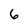
Character: 6